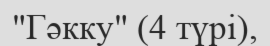
"Гәкку" (4 түрі),